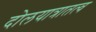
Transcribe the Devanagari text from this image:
दोलयात्रातत्व